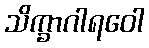
သိက္ခာဂါရဝေါ